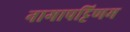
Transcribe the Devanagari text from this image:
नागापट्टिणम